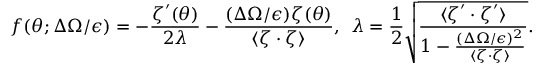
\boldsymbol { f } ( \theta ; \Delta \Omega / \epsilon ) = - \frac { \boldsymbol { \zeta } ^ { \prime } ( \theta ) } { 2 \lambda } - \frac { ( \Delta \Omega / \epsilon ) \boldsymbol { \zeta } ( \theta ) } { \langle \boldsymbol { \zeta } \cdot \boldsymbol { \zeta } \rangle } , \: \: \lambda = \frac { 1 } { 2 } \sqrt { \frac { \langle \boldsymbol { \zeta } ^ { \prime } \cdot \boldsymbol { \zeta } ^ { \prime } \rangle } { 1 - \frac { ( \Delta \Omega / \epsilon ) ^ { 2 } } { \langle \boldsymbol { \zeta } \cdot \boldsymbol { \zeta } \rangle } } } .